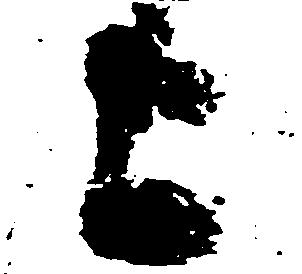
上